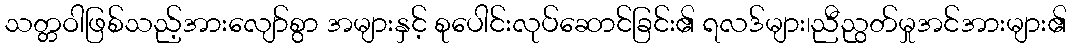
သတ္တဝါဖြစ်သည့်အားလျော်စွာ အများနှင့် စုပေါင်းလုပ်ဆောင်ခြင်း၏ ရလဒ်များ၊ညီညွတ်မှုအင်အားများ၏